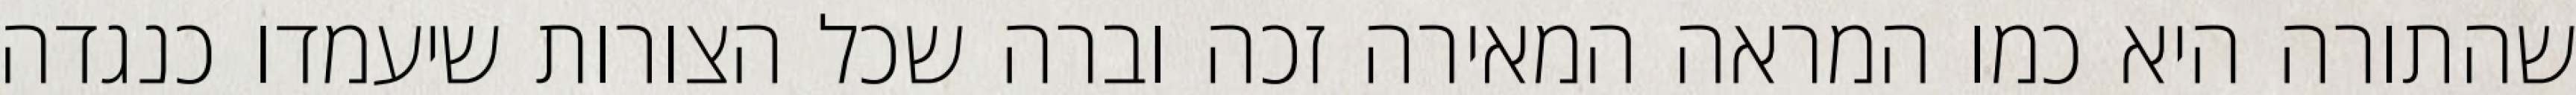
שהתורה היא כמו המראה המאירה זכה וברה שכל הצורות שיעמדו כנגדה